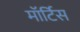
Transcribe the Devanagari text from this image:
मॉर्टिस